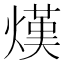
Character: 熯